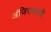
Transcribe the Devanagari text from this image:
अंजिरासाठी